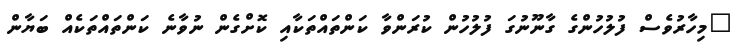
"މިހާރުވެސް ފުލުހުންގެ ގާނޫނުގަ ފުލުހުން ކުރަންވާ ކަންތައްތަކާއި ކޮށްގެން ނުވާނެ ކަންތައްތަކެއް ބަޔާން